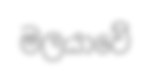
මලයාවේ